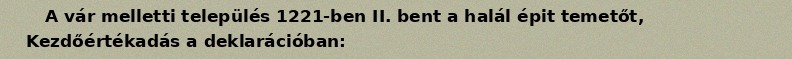
A vár melletti település 1221-ben II. bent a halál épit temetőt, Kezdőértékadás a deklarációban: